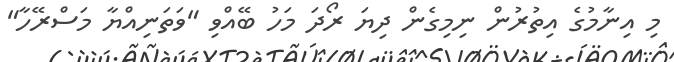
މި އިނާމުގެ އިތުރުން ނިމިގެން ދިޔަ ރޯދަ މަހު ބޭއްވި "ވަތަނިއްޔާ މަސްރޭހާ"